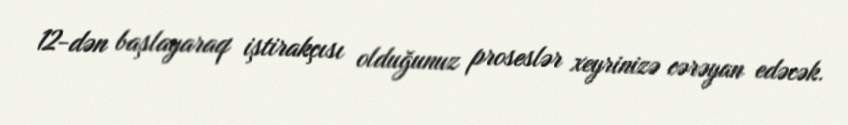
12-dən başlayaraq iştirakçısı olduğunuz proseslər xeyrinizə cərəyan edəcək.